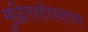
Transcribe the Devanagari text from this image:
मुद्रितशोधनाचा